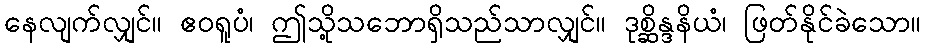
နေလျက်လျှင်။ ဧဝရူပံ၊ ဤသို့သဘောရှိသည်သာလျှင်။ ဒုစ္ဆိန္ဒနိယံ၊ ဖြတ်နိုင်ခဲသော။